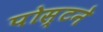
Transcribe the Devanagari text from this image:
पोस्टने